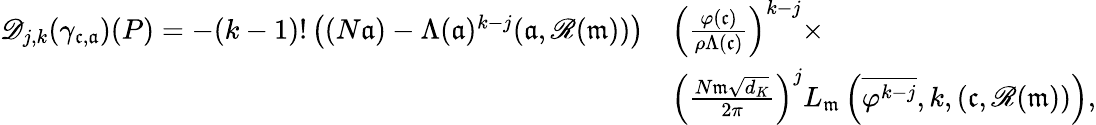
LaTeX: \begin{array}{rl}{\mathscr{D}_{j,k}(\gamma_{\mathfrak c,\mathfrak a})(P)=-(k-1)!\left((N\mathfrak a)-\Lambda(\mathfrak a)^{k-j}(\mathfrak a,\mathscr{R}(\mathfrak m))\right)}&{\left(\frac{\varphi(\mathfrak c)}{\rho\Lambda(\mathfrak c)}\right)^{k-j}\times}\\ &{\left(\frac{N\mathfrak m\sqrt{d_{K}}}{2\pi}\right)^{j}L_{\mathfrak m}\left(\overline{{\varphi^{k-j}}},k,(\mathfrak c,\mathscr{R}(\mathfrak m))\right),}\end{array}